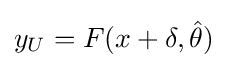
y_{U}=F(x+\delta ,{\hat {\theta }})